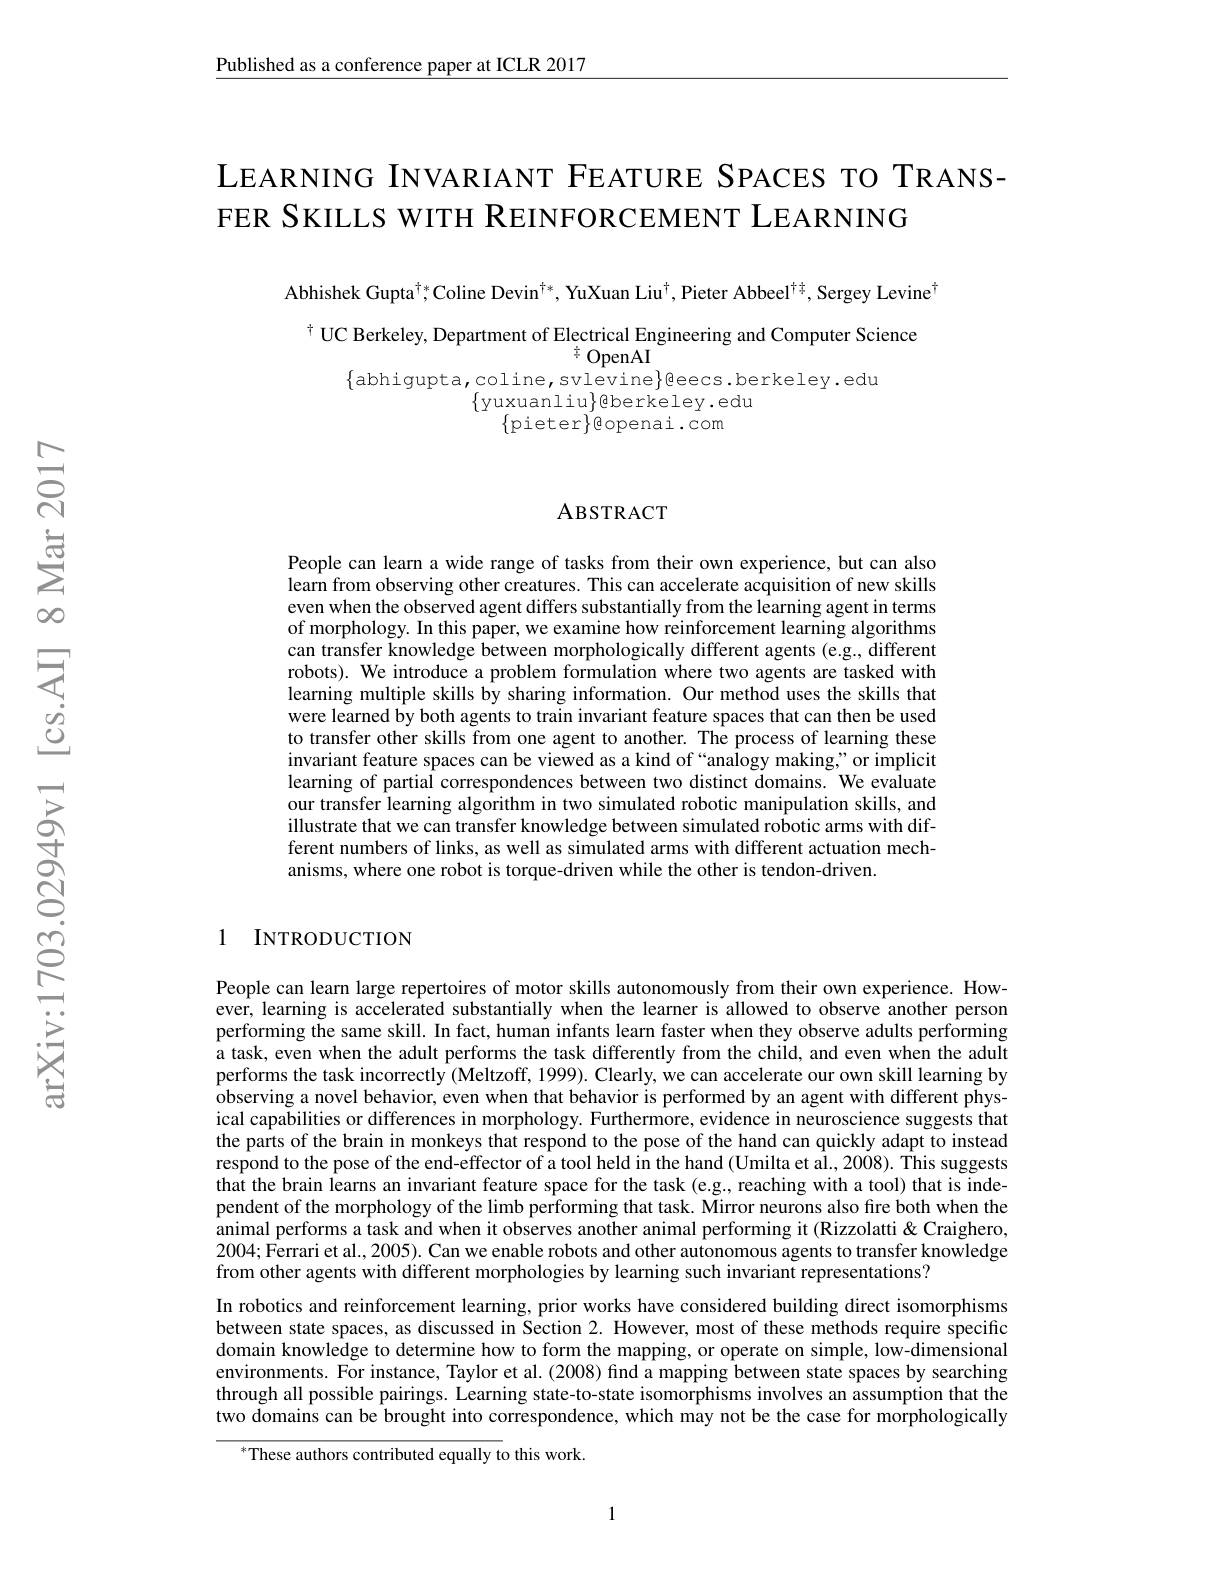
Published as a conference paper at ICLR 2017

## LEARNING INVARIANT FEATURE SPACES TO TRANSFER SKILLS WITH REINFORCEMENT LEARNING

Abhishek Gupta$^\dagger*$Coline Devin$^\dagger*,\text{YuXuan Liu}^\dagger,\text{Pieter Abbeel}^{\dagger\frac\dagger4}$, Sergey Levine$^\dagger$

$^{\dagger}$ UC Berkeley, Department of Electrical Engineering and Computer Science

${\frac{1}{7}OpenAI}$

$\{$abhigupta,coline,svlevine$\}$eecs.berkeley.edu

$\{$yuxuanliu$\}$berkeley.edu

$\{$pieter$\}$eopenai.com

## ABSTRACT

People can learn a wide range of tasks from their own experience, but can also learn from observing other creatures. This can accelerate acquisition of new skills even when the observed agent differs substantially from the learning agent in terms of morphology. In this paper, we examine how reinforcement learning algorithms can transfer knowledge between morphologically different agents (e.g., different robots). We introduce a problem formulation where two agents are tasked with learning multiple skills by sharing information. Our method uses the skills that were learned by both agents to train invariant feature spaces that can then be used to transfer other skills from one agent to another. The process of learning these invariant feature spaces can be viewed as a kind of “analogy making,”or implicit learning of partial correspondences between two distinct domains. We evaluate our transfer learning algorithm in two simulated robotic manipulation skills, and illustrate that we can transfer knowledge between simulated robotic arms with different numbers of links, as well as simulated arms with different actuation mechanisms, where one robot is torque-driven while the other is tendon-driven.

### 1 INTRODUCTION

People can learn large repertoires of motor skills autonomously from their own experience. However, learning is accelerated substantially when the learner is allowed to observe another person performing the same skill. In fact, human infants learn faster when they observe adults performing a task, even when the adult performs the task differently from the child, and even when the adult performs the task incorrectly (Meltzoff, 1999). Clearly, we can accelerate our own skill learning by observing a novel behavior, even when that behavior is performed by an agent with different physical capabilities or differences in morphology. Furthermore, evidence in neuroscience suggests that the parts of the brain in monkeys that respond to the pose of the hand can quickly adapt to instead respond to the pose of the end-effector of a tool held in the hand (Umilta et al., 2008). This suggests that the brain learns an invariant feature space for the task (e.g., reaching with a tool) that is independent of the morphology of the limb performing that task. Mirror neurons also fire both when the animal performs a task and when it observes another animal performing it (Rizzolatti & Craighero, 2004; Ferrari et al., 2005). Can we enable robots and other autonomous agents to transfer knowledge from other agents with different morphologies by learning such invariant representations?
In robotics and reinforcement learning, prior works have considered building direct isomorphisms between state spaces, as discussed in Section 2. However, most of these methods require specific domain knowledge to determine how to form the mapping, or operate on simple, low-dimensional environments. For instance, Taylor et al. (2008) find a mapping between state spaces by searching through all possible pairings. Learning state-to-state isomorphisms involves an assumption that the two domains can be brought into correspondence, which may not be the case for morphologically
$^*$These authors contributed equally to this work.